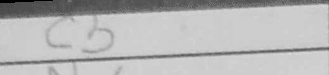
Transcription: e4